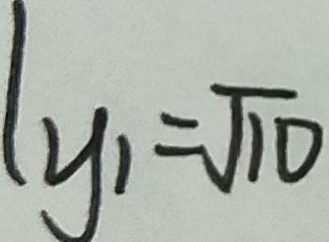
y _ { 1 } = \sqrt { 1 0 }